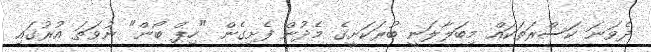
ދެވަނަ ކަސްރަތަކައް މިބަލާލަނީ ބުރަކަށީގެ މެދުން ފެށިގެން "ހިޕް ބޯން" ނުވަތަ އުރުގައި